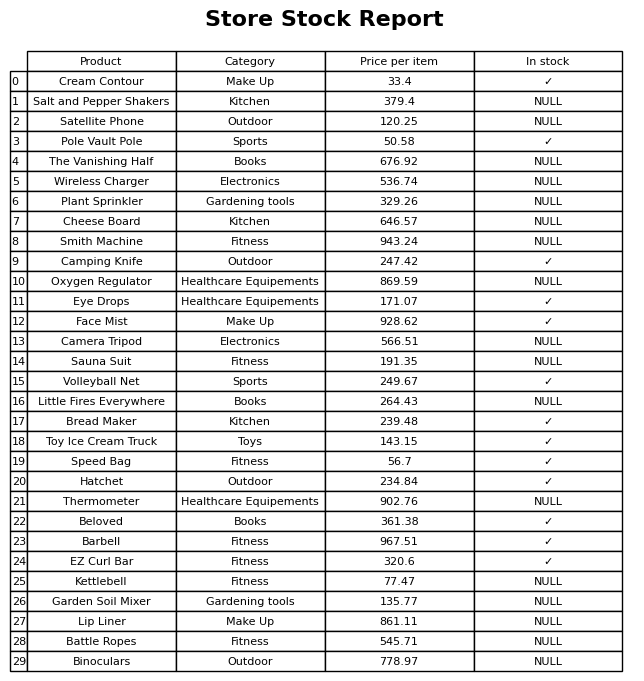
question: What is the price of the EZ Curl Bar?
answer: The price of EZ Curl Bar is 320.6.